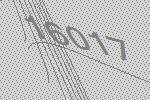
16017